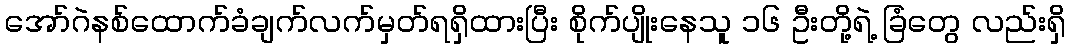
အော်ဂဲနစ်ထောက်ခံချက်လက်မှတ်ရရှိထားပြီး စိုက်ပျိုးနေသူ ၁၆ ဦးတို့ရဲ့ ခြံတွေ လည်းရှိ